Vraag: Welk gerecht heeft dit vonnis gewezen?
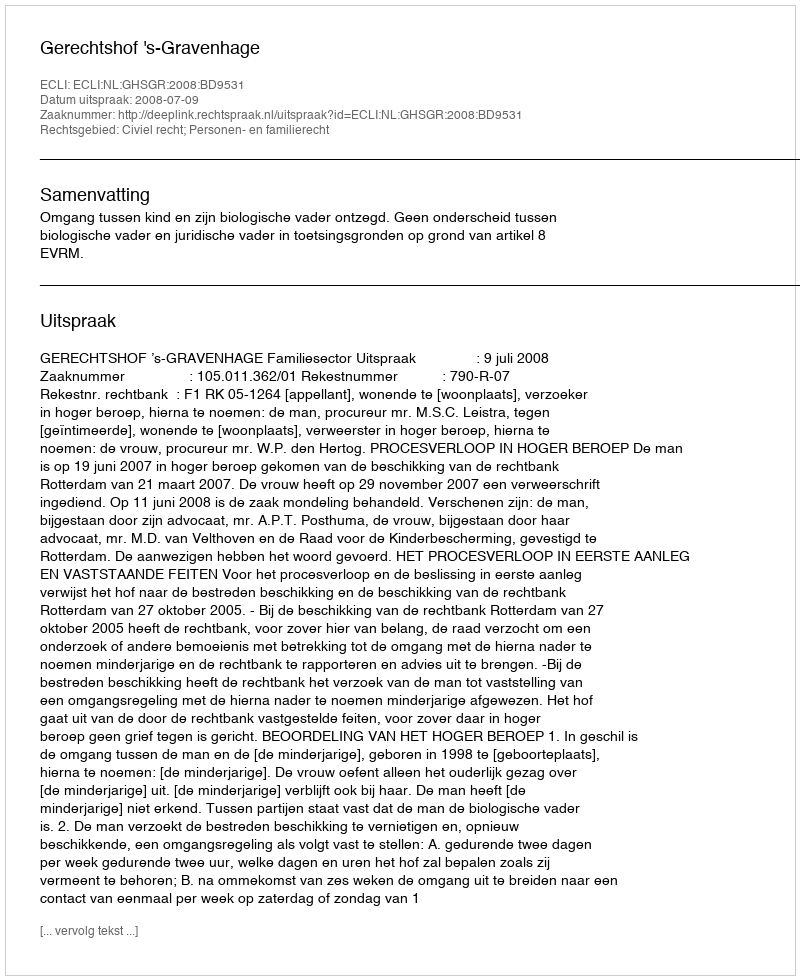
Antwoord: Gerechtshof 's-Gravenhage